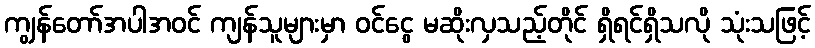
ကျွန်တော်အပါအဝင် ကျန်သူများမှာ ဝင်ငွေ မဆိုးလှသည့်တိုင် ရှိရင်ရှိသလို သုံးသဖြင့်